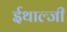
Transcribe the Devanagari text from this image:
ईथाल्जी